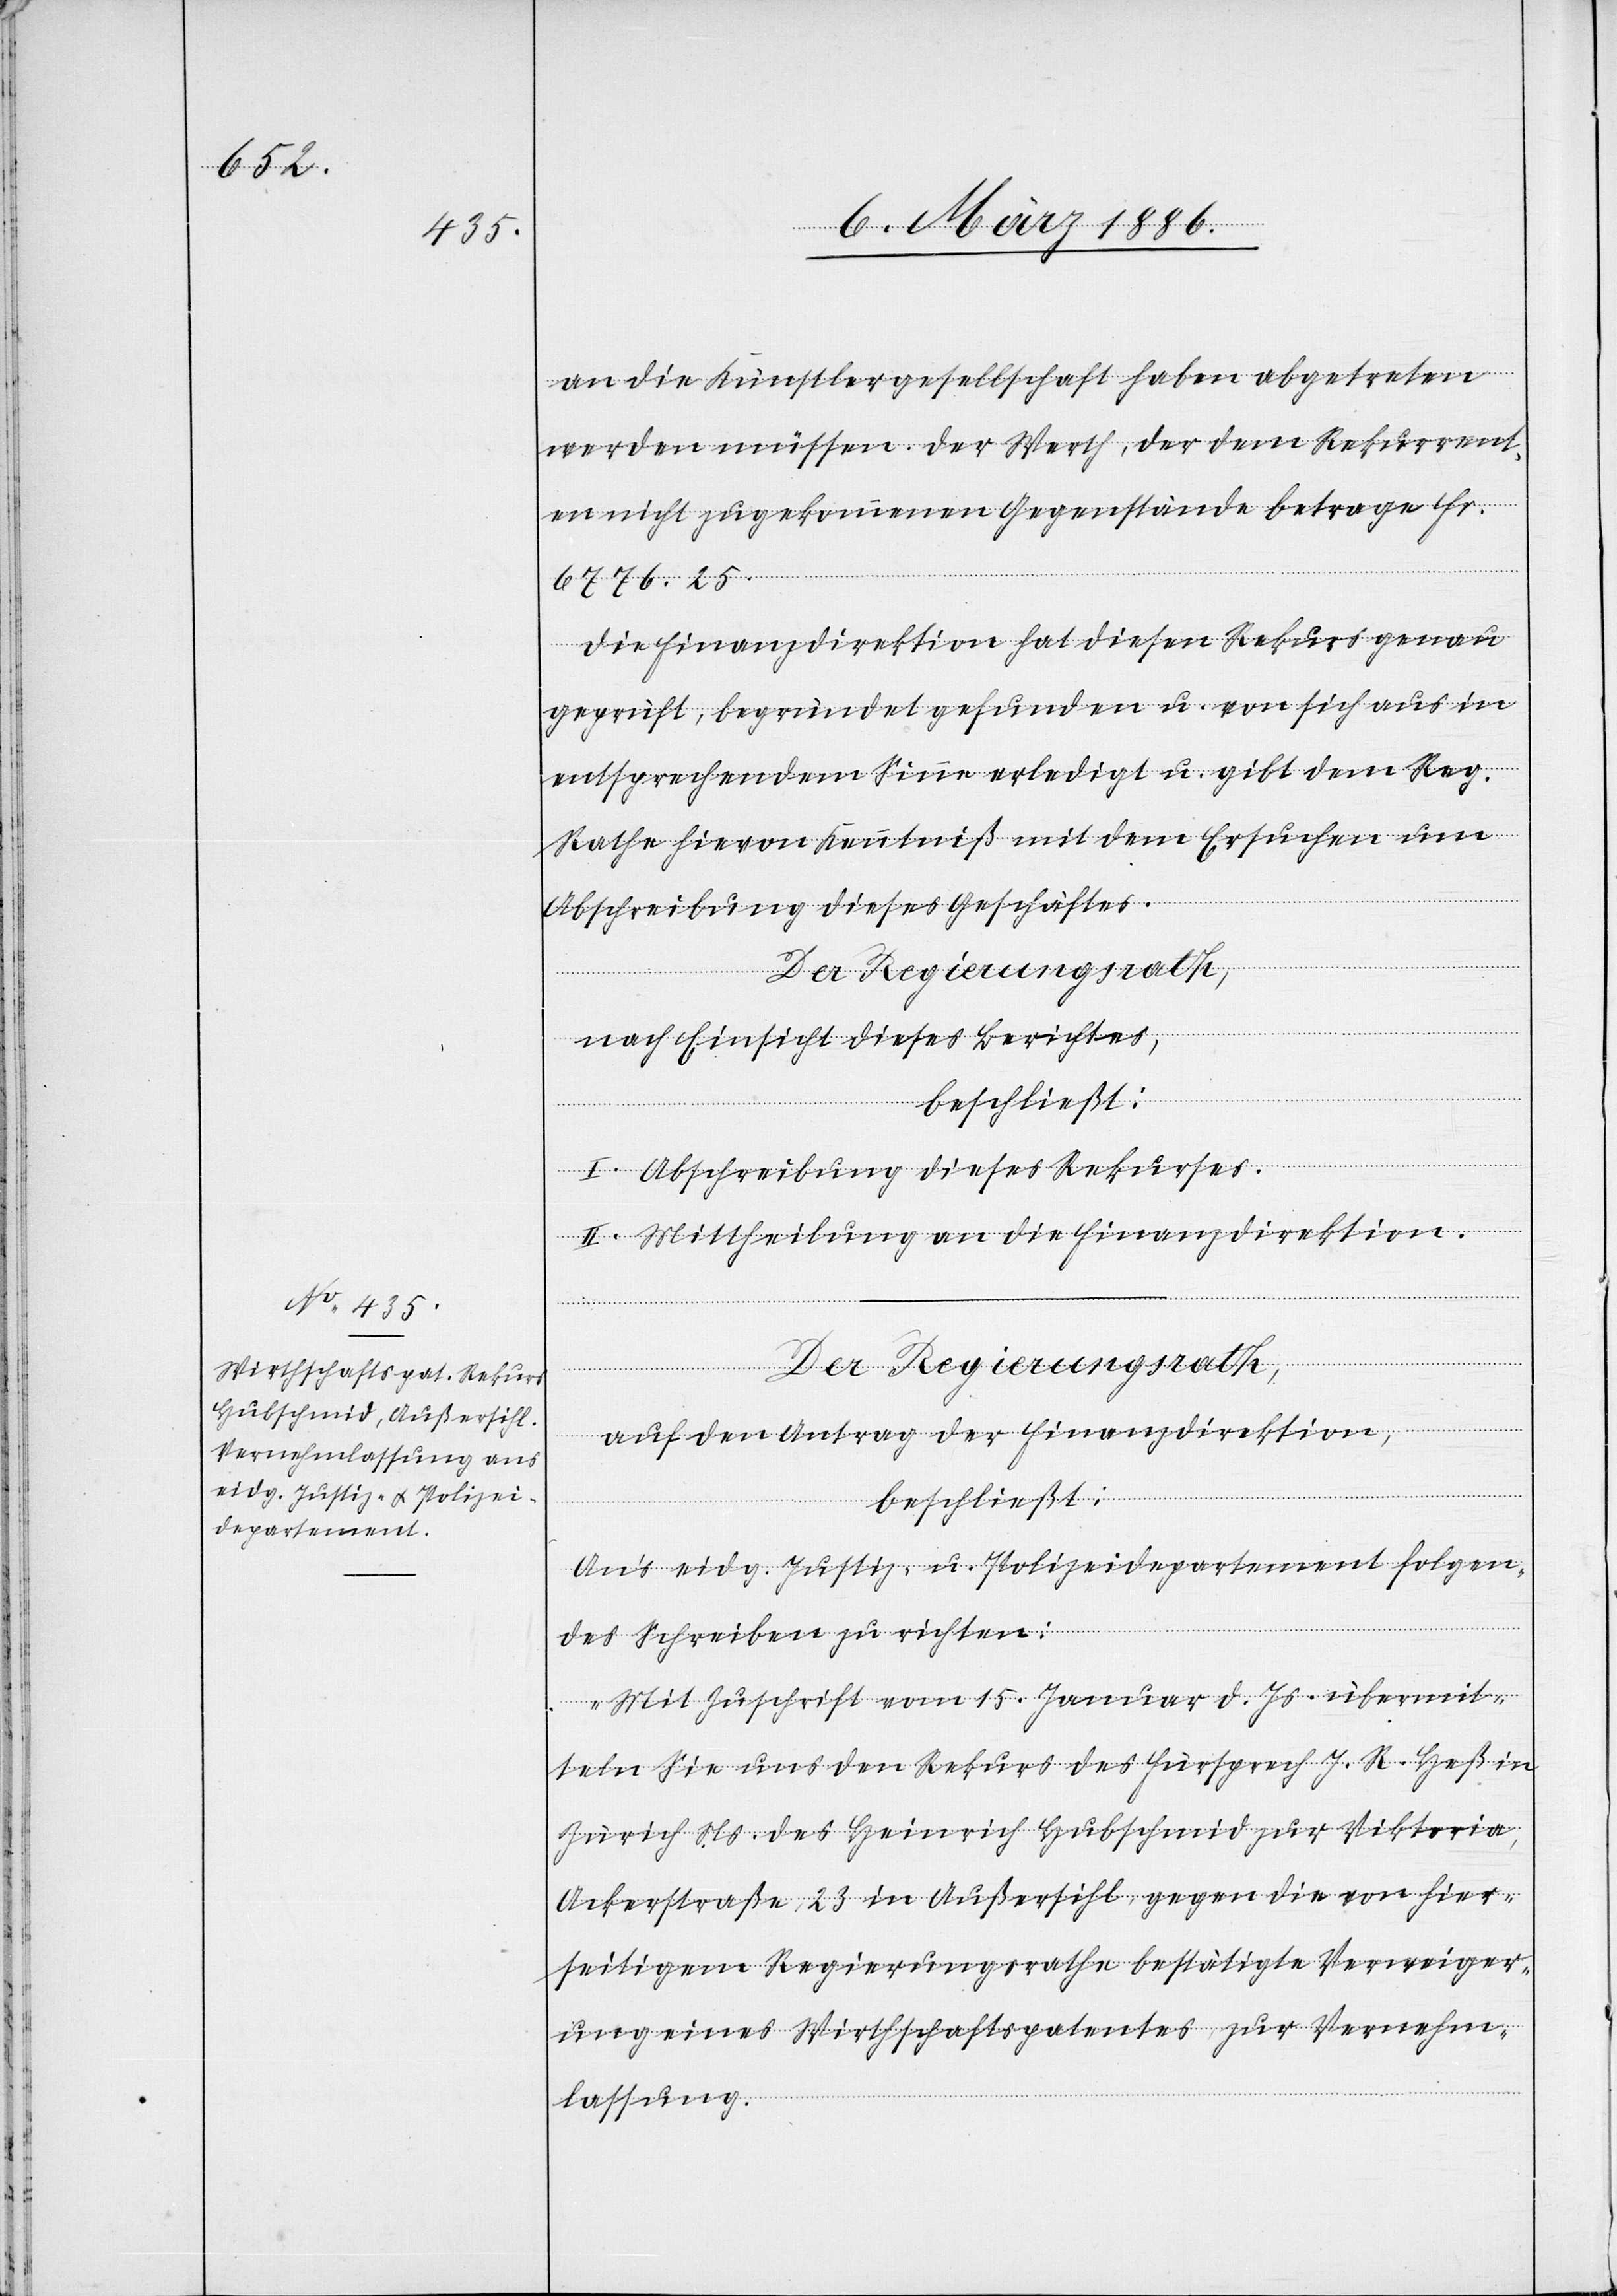
6776.25.

an die Künstlergesellschaft haben abgetreten
werden müssen. Der Werth, der dem Rekurrent¬
en nicht zugekommenen Gegenstände betrage Fr.
Die Finanzdirektion hat diesen Rekurs genau
geprüft, begründet gefunden u. von sich aus in
entsprechendem Sinne erledigt u. gibt dem Reg.
Rathe hievon Kenntniß mit dem Ersuchen um
Abschreibung dieses Geschäftes.
Der Regierungsrath,
nach Einsicht dieses Berichtes,
beschließt:
I. Abschreibung dieses Rekurses.
II. Mittheilung an die Finanzdirektion.
auf den Antrag der Finanzdirektion,
beschließt:
An’s eidg. Justiz- u. Polizeidepartement folgen¬
des Schreiben zu richten:
„Mit Zuschrift vom 15. Januar d. Js. übermit¬
teln Sie uns den Rekurs des Fürsprech J. R. Heß in
Zürich Ns. des Heinrich Hubschmid zur Viktoria,
Ackerstraße 23 in Außersihl, gegen die von hier¬
seitigem Regierungsrathe bestätigte Verweiger¬
ung eines Wirtschaftspatents, zur Vernehm¬
lassung.